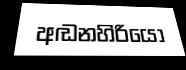
අඬනහිරියෝ